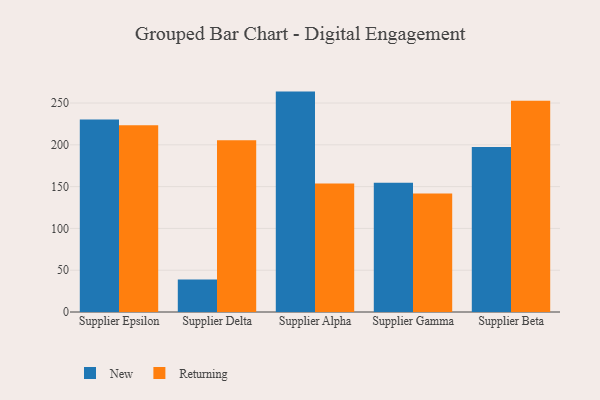
{"axis": {"x": "Supplier", "y": "LTV (USD)"}, "legend": ["New", "Returning"], "data": [{"x": "Supplier Epsilon", "y": 230.4, "type": "New"}, {"x": "Supplier Epsilon", "y": 223.3, "type": "Returning"}, {"x": "Supplier Delta", "y": 39.0, "type": "New"}, {"x": "Supplier Delta", "y": 205.4, "type": "Returning"}, {"x": "Supplier Alpha", "y": 263.7, "type": "New"}, {"x": "Supplier Alpha", "y": 153.6, "type": "Returning"}, {"x": "Supplier Gamma", "y": 154.6, "type": "New"}, {"x": "Supplier Gamma", "y": 141.9, "type": "Returning"}, {"x": "Supplier Beta", "y": 197.4, "type": "New"}, {"x": "Supplier Beta", "y": 252.8, "type": "Returning"}]}